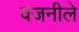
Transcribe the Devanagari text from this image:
वजनीले